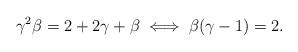
LaTeX: \begin{align*}\gamma^2 \beta=2+2\gamma +\beta \iff \beta(\gamma-1)=2.\end{align*}